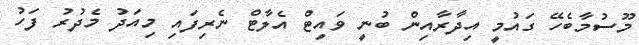
މޫސުމާބެހޭ ގައުމީ އިދާރާއިން ބުނީ ވައިޓް އެލާޓް ނެރިފައި މިއަދު މެދުރު ފަހު